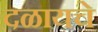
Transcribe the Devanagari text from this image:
दळायचे